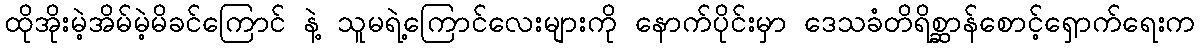
ထိုအိုးမဲ့အိမ်မဲ့မိခင်ကြောင် နဲ့ သူမရဲ့ကြောင်လေးများကို နောက်ပိုင်းမှာ ဒေသခံတိရိစ္ဆာန်စောင့်ရှောက်ရေးက